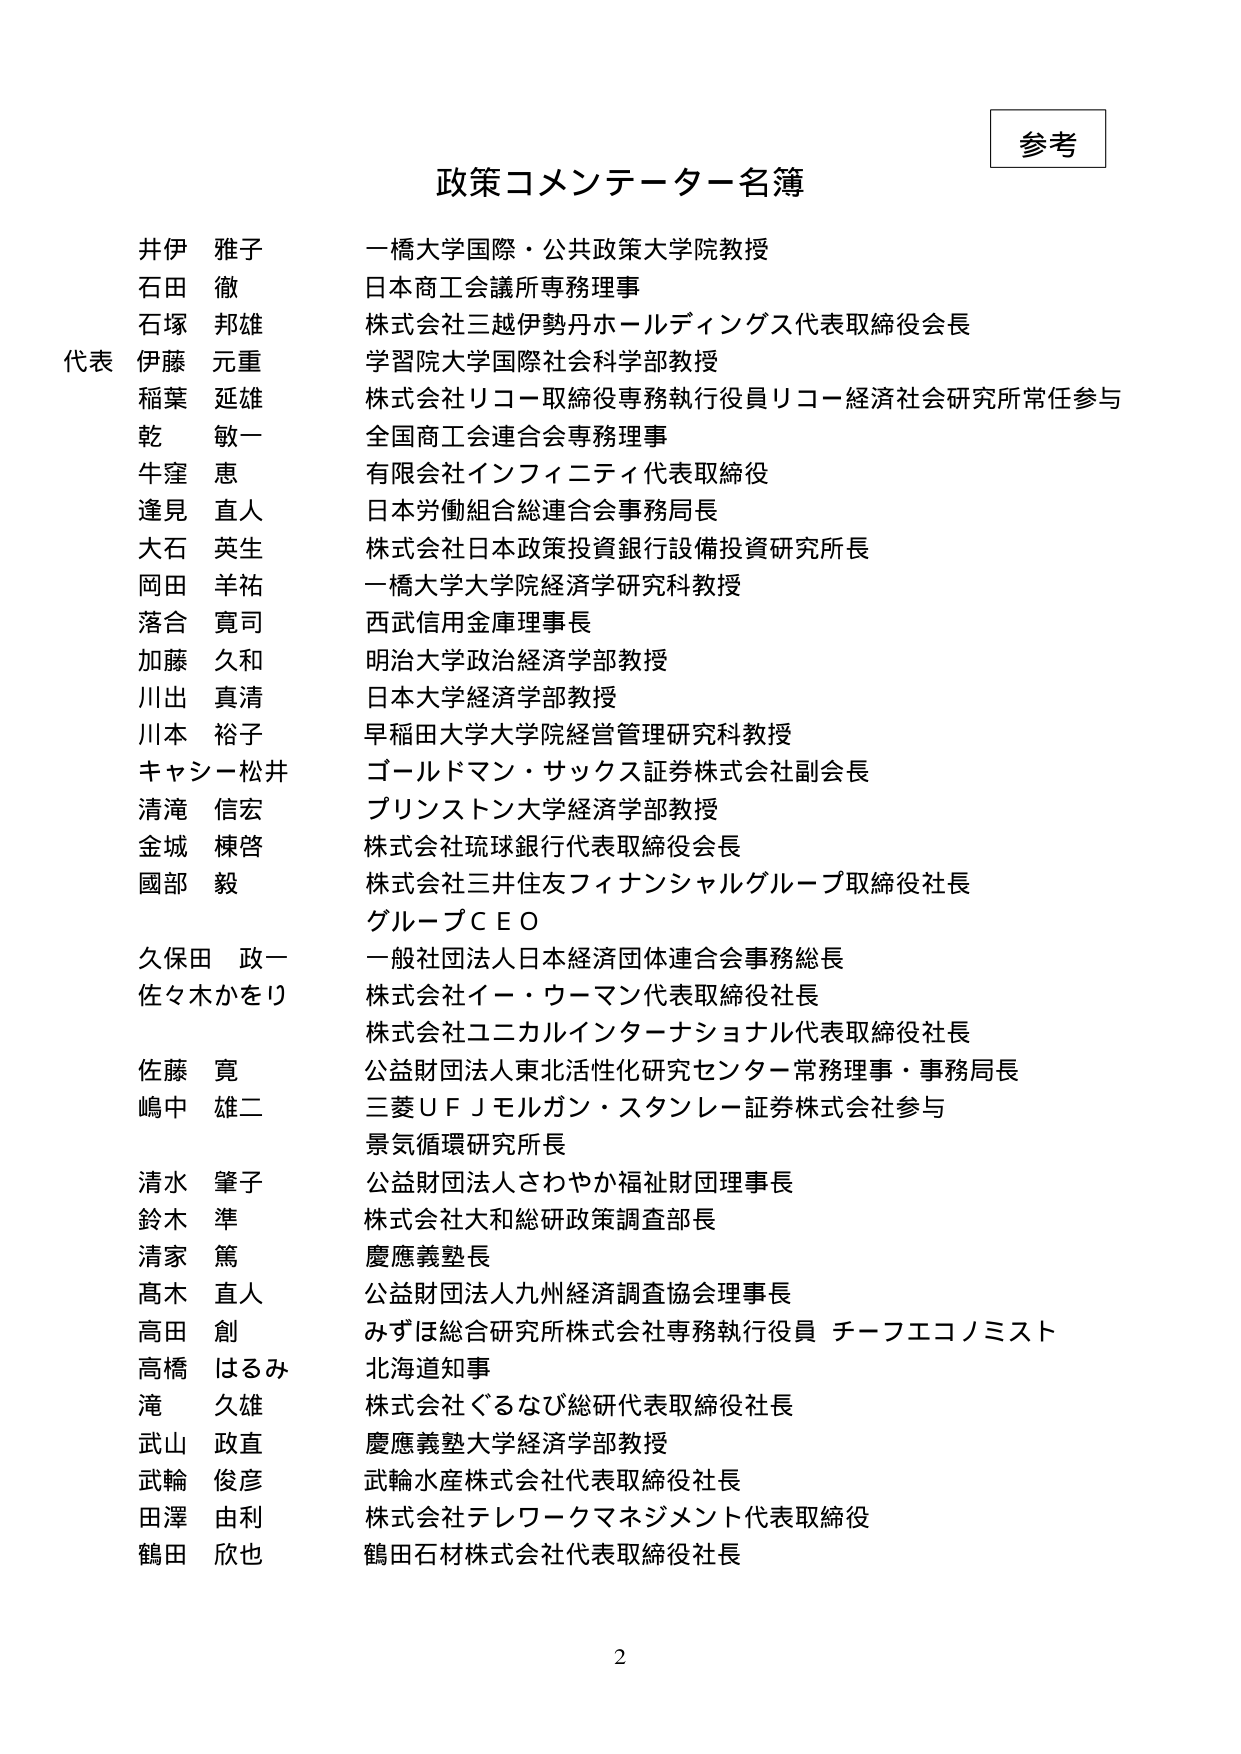
参考

政策コメンテーター名簿

井伊 雅子 一橋大学国際・公共政策大学院教授
石田 徹 日本商工会議所専務理事
石塚 邦雄 株式会社三越伊勢丹ホールディングス代表取締役会長
代表 伊藤 元重 学習院大学国際社会科学部教授
稲葉 延雄 株式会社リコー取締役専務執行役員リコー経済社会研究所常任参与
乾 敏一 全国商工会連合会専務理事
牛窪 恵 有限会社インフィニティ代表取締役
逢見 直人 日本労働組合総連合会事務局長
大石 英生 株式会社日本政策投資銀行設備投資研究所長
岡田 羊祐 一橋大学大学院経済学研究科教授
落合 寛司 西武信用金庫理事長
加藤 久和 明治大学政治経済学部教授
川出 真清 日本大学経済学部教授
川本 裕子 早稲田大学大学院経営管理研究科教授
キャシー松井 ゴールドマン・サックス証券株式会社副会長
清滝 信宏 プリンストン大学経済学部教授
金城 棟啓 株式会社琉球銀行代表取締役会長
國部 毅 株式会社三井住友フィナンシャルグループ取締役社長
グループＣＥＯ
久保田 政一 一般社団法人日本経済団体連合会事務総長
佐々木かをり 株式会社イー・ウーマン代表取締役社長
株式会社ユニカルインターナショナル代表取締役社長
佐藤 寛 公益財団法人東北活性化研究センター常務理事・事務局長
嶋中 雄二 三菱ＵＦＪモルガン・スタンレー証券株式会社参与
景気循環研究所長
清水 肇子 公益財団法人さわやか福祉財団理事長
鈴木 準 株式会社大和総研政策調査部長
清家 篤 慶應義塾長
高木 直人 公益財団法人九州経済調査協会理事長
高田 創 みずほ総合研究所株式会社専務執行役員 チーフエコノミスト
高橋 はるみ 北海道知事
滝 久雄 株式会社ぐるなび総研代表取締役社長
武山 政直 慶應義塾大学経済学部教授
武輪 俊彦 武輪水産株式会社代表取締役社長
田澤 由利 株式会社テレワークマネジメント代表取締役
鶴田 欣也 鶴田石材株式会社代表取締役社長

2